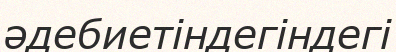
әдебиетіндегіндегі